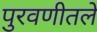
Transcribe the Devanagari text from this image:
पुरवणीतले